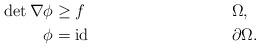
LaTeX: \begin{align*}\det\nabla \phi&\geq f &&\Omega,\\\phi&=\operatorname{id} &&\partial \Omega.\end{align*}